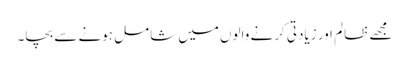
مجھے ظالم اور زیادتی کرنے والوں میں شامل ہونے سے بچا۔